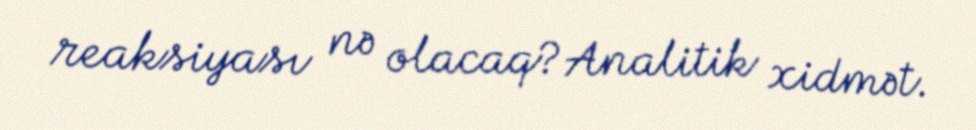
reaksiyası nə olacaq?Analitik xidmət.